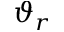
\vartheta _ { r }